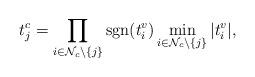
LaTeX: \begin{align*}t^c_j=\prod_{i\in \mathcal{N}_c\setminus \{j\}}\operatorname{sgn}(t^v_i)\min_{i\in \mathcal{N}_c\setminus \{j\}} |t^v_i|,\end{align*}